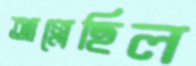
আগ্‌লেছিল